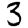
Digit: 3